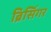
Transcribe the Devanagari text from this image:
ब्रिसिंगर